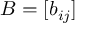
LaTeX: B = [ b _ { i j } ]